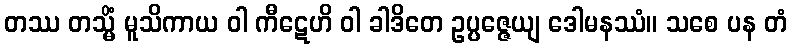
တဿ တသ္မိံ မူသိကာယ ဝါ ကီဋေဟိ ဝါ ခါဒိတေ ဥပ္ပဇ္ဇေယျ ဒေါမနဿံ။ သစေ ပန တံ